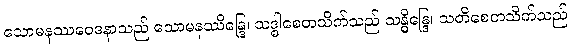
သောမနဿဝေဒနာသည် သောမနဿိန္ဒြေ၊ သဒ္ဓါစေတသိက်သည် သန္ဓိန္ဒြေ၊ သတိစေတသိက်သည်